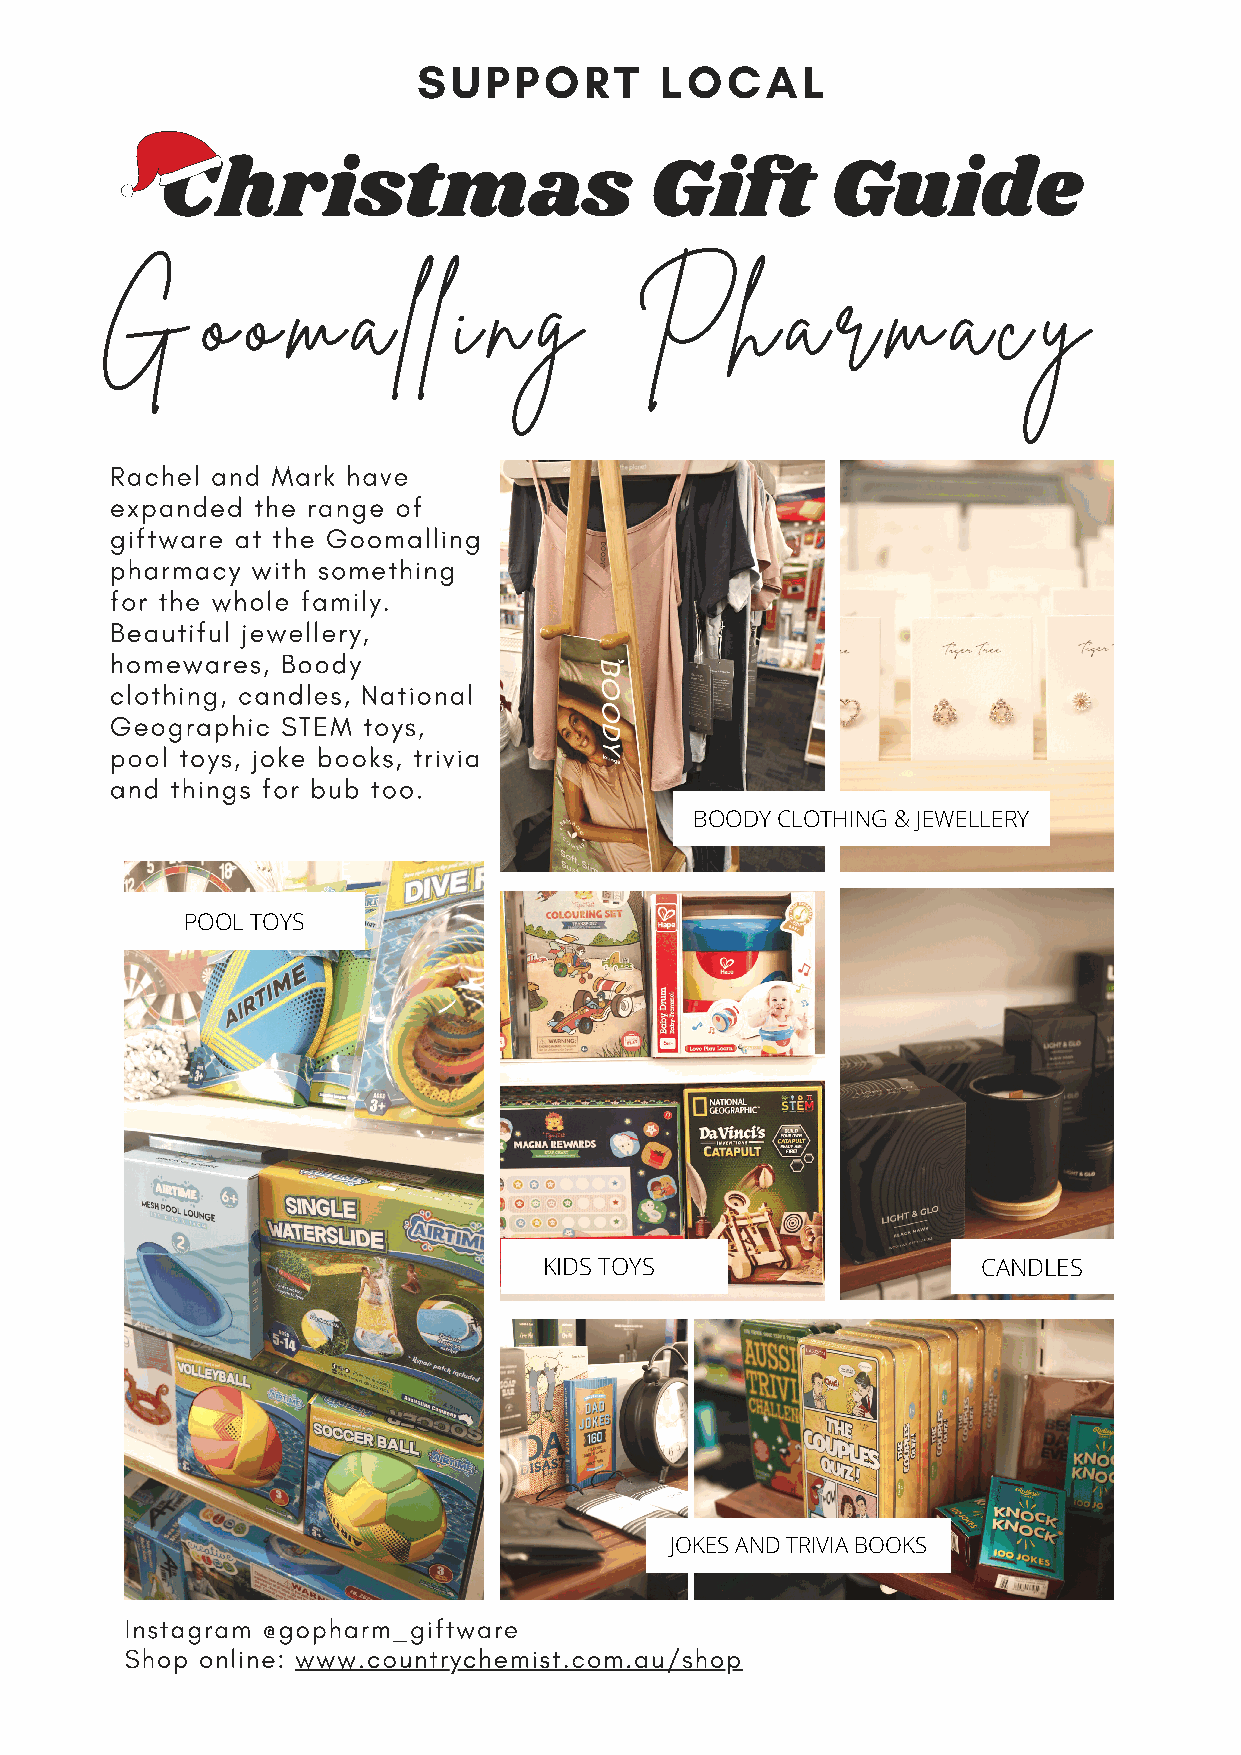
SUPPORT         LOCAL
 Christmas                       Gift        Guide
 G      o  o  m   a   l l i n  g     P      h  a  r   m   a  c  y
 Rachel and Mark have
 expanded  the range of
 giftware at the Goomalling
 pharmacy  with something
 for the whole family.
 Beautiful jewellery,
 homewares,  Boody
 clothing, candles, National
 Geographic  STEM toys,
 pool toys, joke books, trivia
 and things for bub too.
 BOODY CLOTHING & JEWELLERY
 POOL TOYS
 KIDS TOYS                    CANDLES
 JOKES AND TRIVIA BOOKS
 Instagram @gopharm_giftware
 Shop online: www.countrychemist.com.au/shop